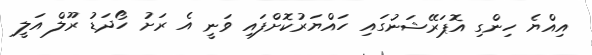
އިއްޔެ ހިންގި އޮޕަރޭޝަނުގައި ހައްޔަރުކޮށްފައި ވަނީ އެ ރަށު ހޯދަޑު ރޫލް އަލީ